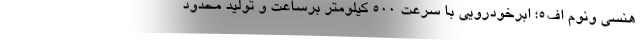
هنسی ونوم اف5؛ ابرخودرویی با سرعت 500 کیلومتر برساعت و تولید محدود